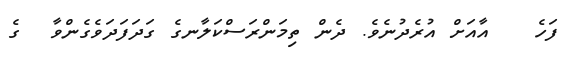
ފަހެ   އާއަށް އުރެދުނެވެ. ދެން ތިމަންރަސްކަލާނގެ ގަދަފަދަވެގެންވާ  ގެ